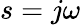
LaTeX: s=j\omega